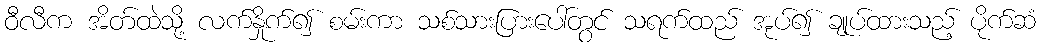
ဝီလီက အိတ်ထဲသို့ လက်နှိုက်၍ စမ်းကာ သစ်သားပြားပေါ်တွင် သရက်ထည် အုပ်၍ ချုပ်ထားသည့် ပိုက်ဆံ